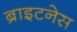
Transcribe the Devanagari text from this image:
ब्राइटनेस